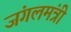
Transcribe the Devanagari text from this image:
जंगलमंत्री